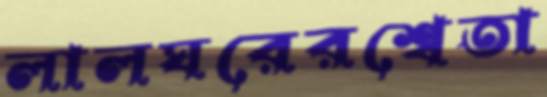
লালঘরেরশ্বেতা